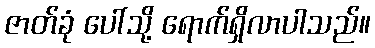
ဇာတ်ခုံ ပေါ်သို့ ရောက်ရှိလာပါသည်။